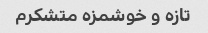
تازه و خوشمزه متشکرم